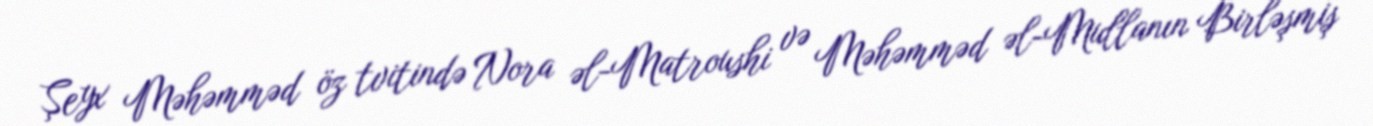
Şeyx Məhəmməd öz tvitində Nora əl-Matroushi və Məhəmməd əl-Mullanın Birləşmiş